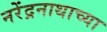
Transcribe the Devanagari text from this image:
नरेंद्रनाथाच्या